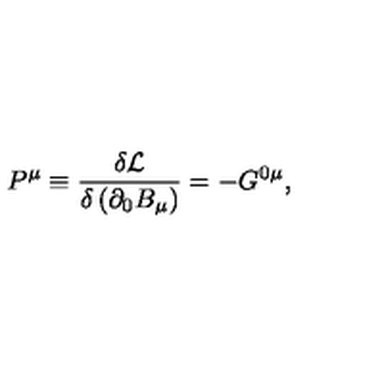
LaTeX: P ^ { \mu } \equiv \frac { \delta \mathcal { L } } { \delta \left( \partial _ { 0 } B _ { \mu } \right) } = - G ^ { 0 \mu } ,